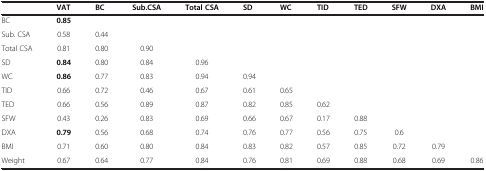
|  | VAT | BC | Sub.CSA | Total CSA | SD | WC | TID | TED | SFW | DXA | BMI |
 | --- | --- | --- | --- | --- | --- | --- | --- | --- | --- | --- | --- |
 | BC | 0.85 |  |  |  |  |  |  |  |  |  |  |
 | Sub. CSA | 0.58 | 0.44 |  |  |  |  |  |  |  |  |  |
 | Total CSA | 0.81 | 0.80 | 0.90 |  |  |  |  |  |  |  |  |
 | SD | 0.84 | 0.80 | 0.84 | 0.96 |  |  |  |  |  |  |  |
 | WC | 0.86 | 0.77 | 0.83 | 0.94 | 0.94 |  |  |  |  |  |  |
 | TID | 0.66 | 0.72 | 0.46 | 0.67 | 0.61 | 0.65 |  |  |  |  |  |
 | TED | 0.66 | 0.56 | 0.89 | 0.87 | 0.82 | 0.85 | 0.62 |  |  |  |  |
 | SFW | 0.43 | 0.26 | 0.83 | 0.69 | 0.66 | 0.67 | 0.17 | 0.88 |  |  |  |
 | DXA | 0.79 | 0.56 | 0.68 | 0.74 | 0.76 | 0.77 | 0.56 | 0.75 | 0.6 |  |  |
 | BMI | 0.71 | 0.60 | 0.80 | 0.84 | 0.83 | 0.82 | 0.57 | 0.85 | 0.72 | 0.79 |  |
 | Weight | 0.67 | 0.64 | 0.77 | 0.84 | 0.76 | 0.81 | 0.69 | 0.88 | 0.68 | 0.69 | 0.86 |